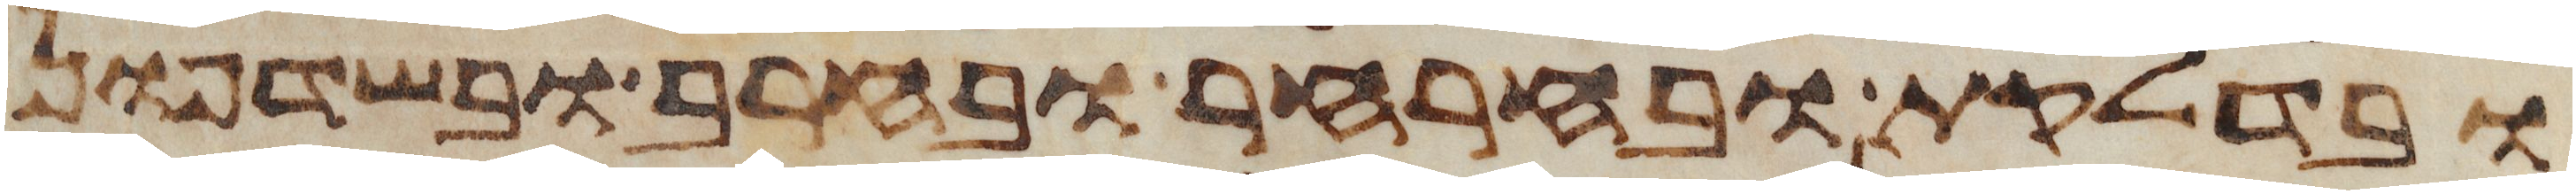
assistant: ובדלקת ובחרחר ובחרב ובשדפון